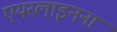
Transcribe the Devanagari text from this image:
एयरलाइनना